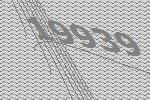
19939